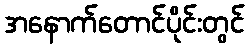
အနောက်တောင်ပိုင်းတွင်